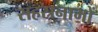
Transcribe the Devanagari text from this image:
सहस्रनामों